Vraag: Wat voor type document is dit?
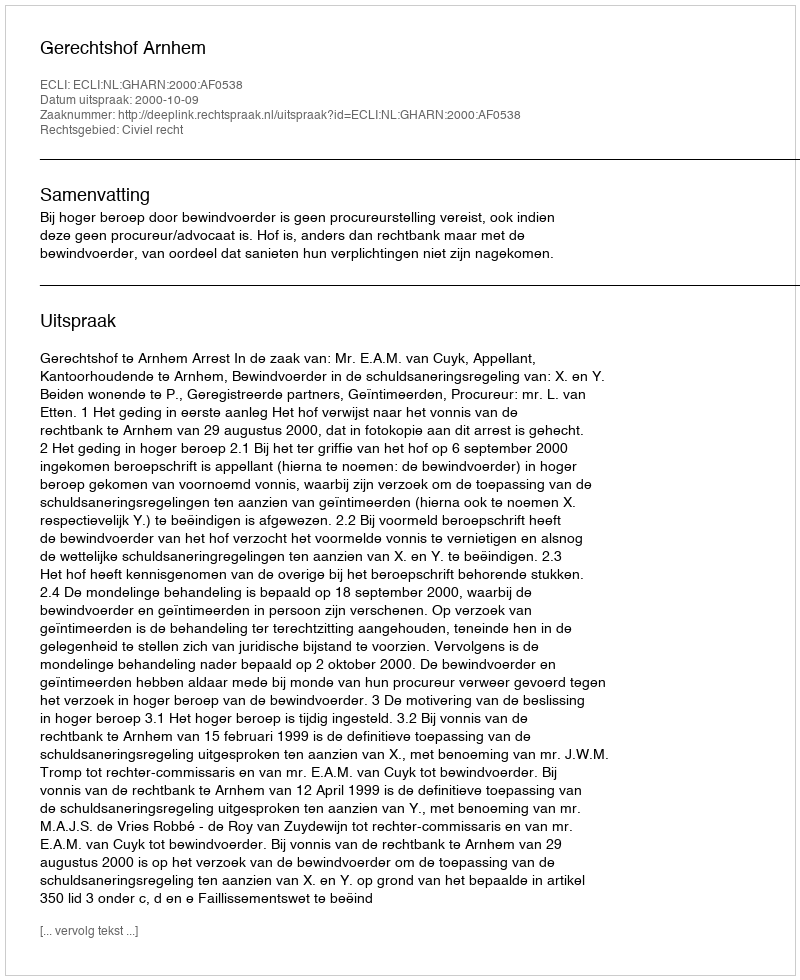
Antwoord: Uitspraak